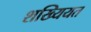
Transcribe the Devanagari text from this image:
शख्यियत